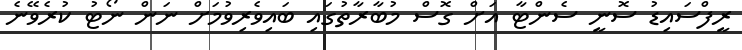
ރީފްސައިޑު ސޮނީ ސެންޓާ އަށް ގޮސް މުބާރާތުގައި ބައިވެރިވުމަށް ނަން ނޯޓު ކުރެވޭނެ